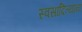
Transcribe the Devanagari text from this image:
स्वसादित्यानां